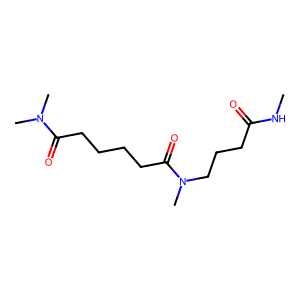
SMILES: CNC(=O)CCCN(C)C(=O)CCCCC(=O)N(C)C
Inhibits HIV replication: No